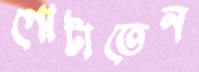
গোটাতেন